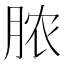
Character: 脓